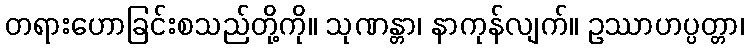
တရားဟောခြင်းစသည်တို့ကို။ သုဏန္တာ၊ နာကုန်လျက်။ ဥဿာဟပ္ပတ္တာ၊